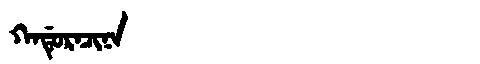
Manchu: ᡴᠠᡩᡠᡵᠠᠴᡳᠨᠠ
Romanization: KADURACINA